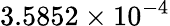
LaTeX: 3.5852\times 10^{-4}